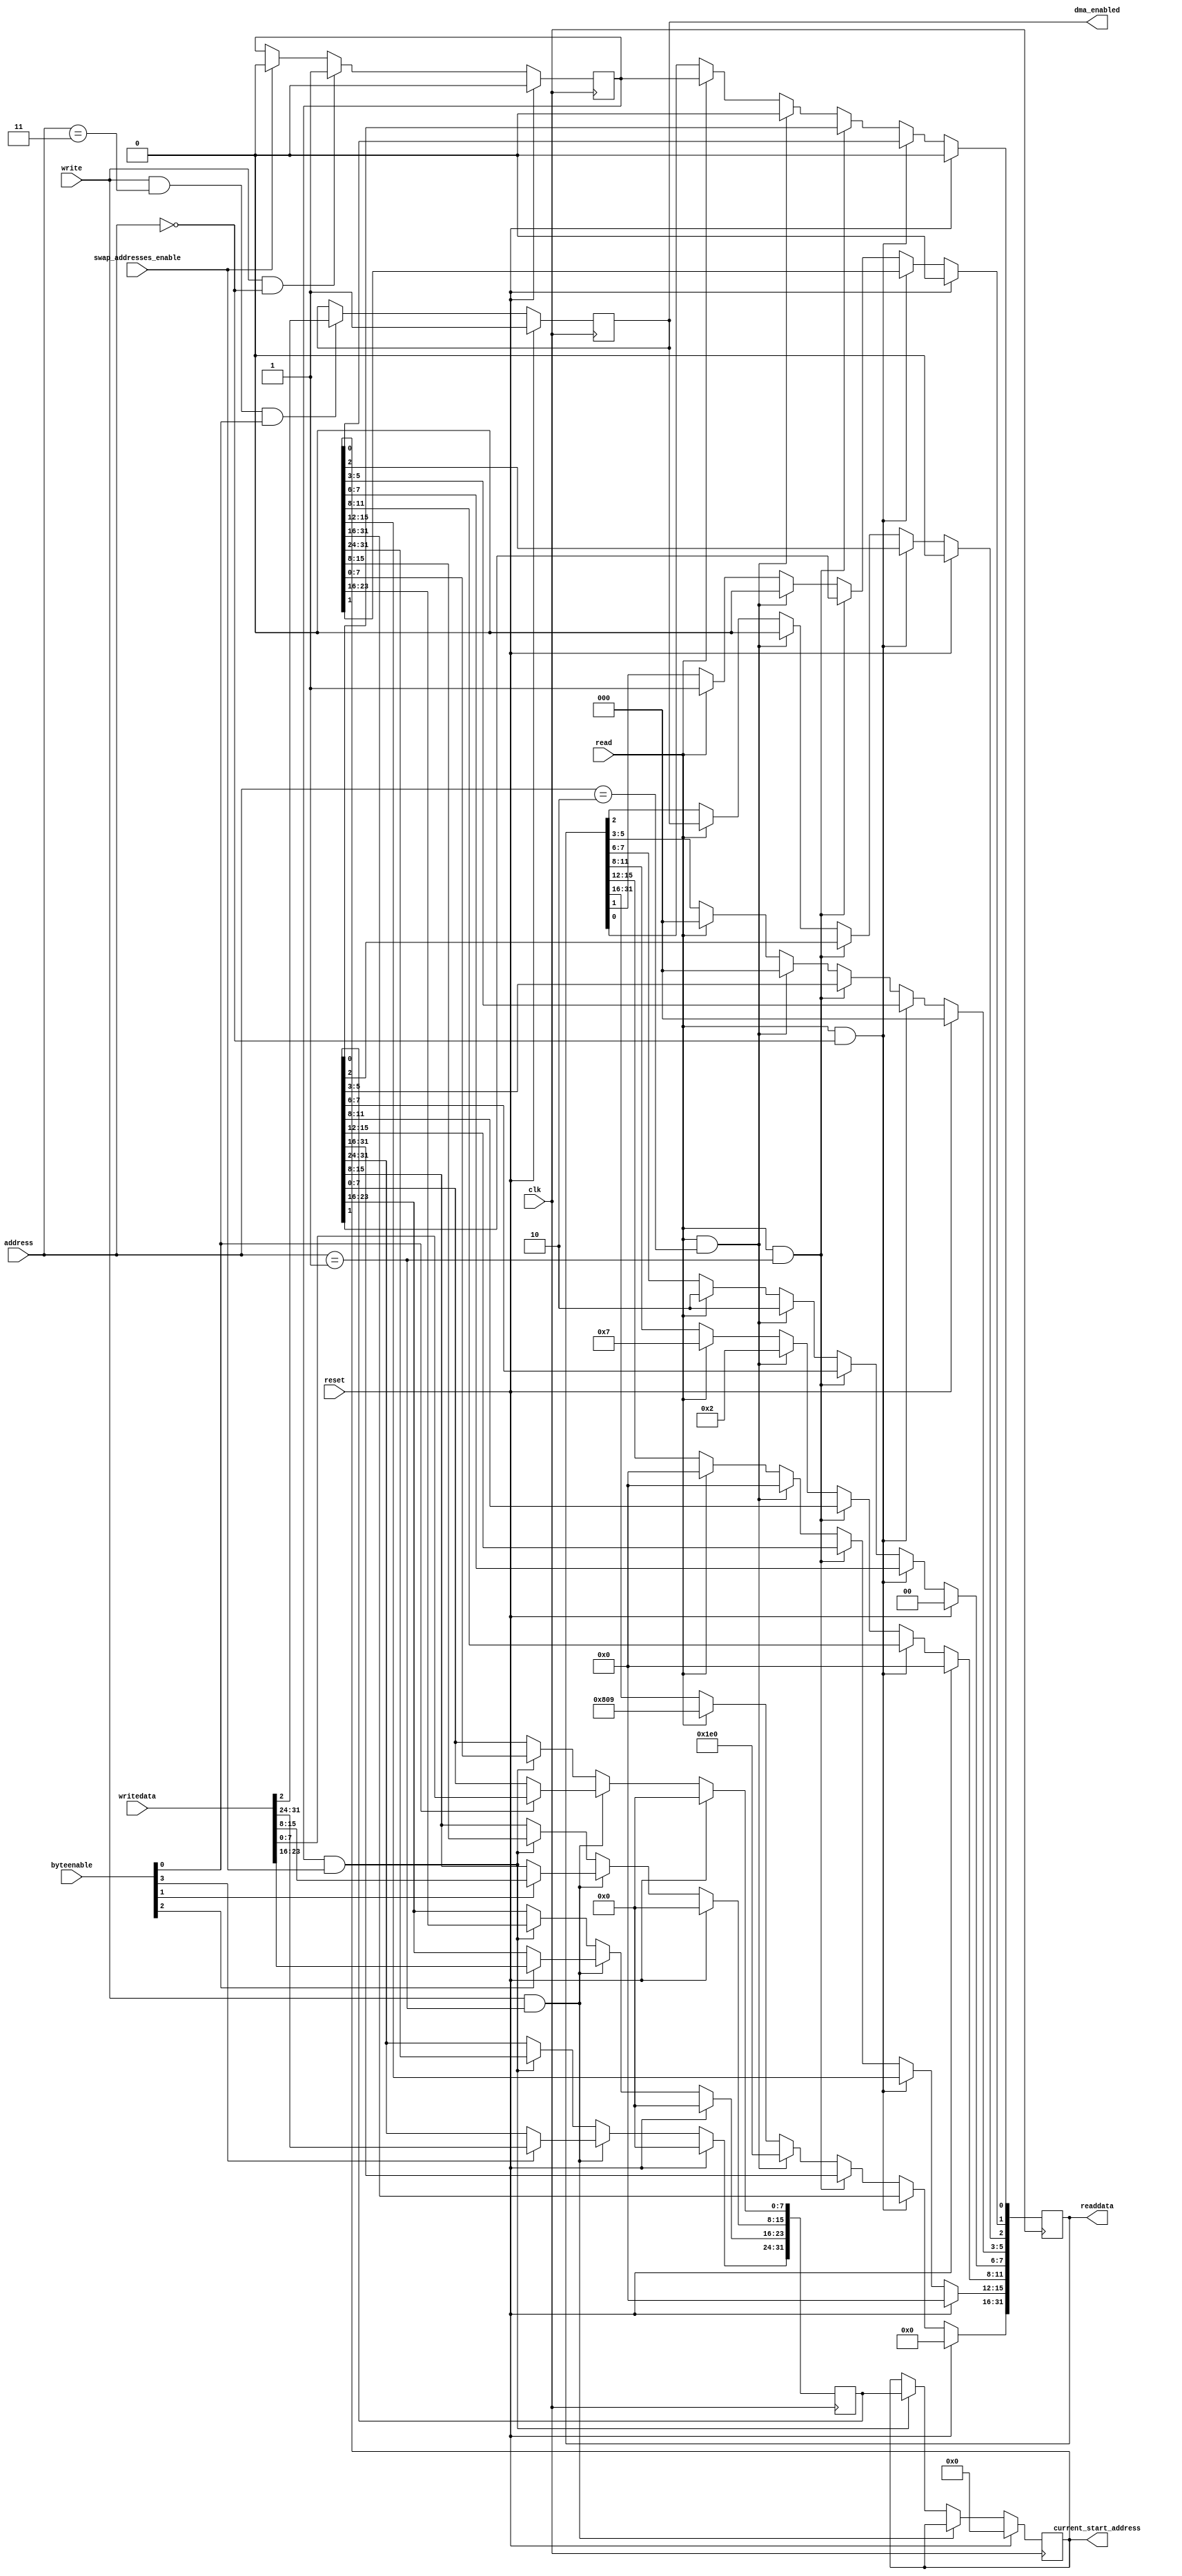
// (C) 2001-2022 Intel Corporation. All rights reserved.
// Your use of Intel Corporation's design tools, logic functions and other 
// software and tools, and its AMPP partner logic functions, and any output 
// files from any of the foregoing (including device programming or simulation 
// files), and any associated documentation or information are expressly subject 
// to the terms and conditions of the Intel Program License Subscription 
// Agreement, Intel FPGA IP License Agreement, or other applicable 
// license agreement, including, without limitation, that your use is for the 
// sole purpose of programming logic devices manufactured by Intel and sold by 
// Intel or its authorized distributors.  Please refer to the applicable 
// agreement for further details.


// THIS FILE IS PROVIDED "AS IS", WITHOUT WARRANTY OF ANY KIND, EXPRESS OR
// IMPLIED, INCLUDING BUT NOT LIMITED TO THE WARRANTIES OF MERCHANTABILITY,
// FITNESS FOR A PARTICULAR PURPOSE AND NONINFRINGEMENT. IN NO EVENT SHALL
// THE AUTHORS OR COPYRIGHT HOLDERS BE LIABLE FOR ANY CLAIM, DAMAGES OR OTHER
// LIABILITY, WHETHER IN AN ACTION OF CONTRACT, TORT OR OTHERWISE, ARISING
// FROM, OUT OF OR IN CONNECTION WITH THIS FILE OR THE USE OR OTHER DEALINGS
// IN THIS FILE.

module altera_up_video_dma_control_slave (
	// Inputs
	clk,
	reset,

	address,
	byteenable,
	read,
	write,
	writedata,

	swap_addresses_enable,

	// Bi-Directional

	// Outputs
	readdata,

	current_start_address,
	dma_enabled
);


/*****************************************************************************
 *                           Parameter Declarations                          *
 *****************************************************************************/

// Parameters
parameter DEFAULT_BUFFER_ADDRESS		= 32'h00000000;
parameter DEFAULT_BACK_BUF_ADDRESS	= 32'h00000000;

parameter WIDTH							= 640; // Frame's width in pixels
parameter HEIGHT							= 480; // Frame's height in lines

parameter ADDRESSING_BITS				= 16'h0809;
parameter COLOR_BITS						= 4'h7; // Bits per color plane minus 1 
parameter COLOR_PLANES					= 2'h2; // Color planes per pixel minus 1
parameter ADDRESSING_MODE				= 1'b1; // 0: X-Y or 1: Consecutive

parameter DEFAULT_DMA_ENABLED			= 1'b1; // 0: OFF or 1: ON

/*****************************************************************************
 *                             Port Declarations                             *
 *****************************************************************************/
// Inputs
input						clk;
input						reset;

input			[ 1: 0]	address;
input			[ 3: 0]	byteenable;
input						read;
input						write;
input			[31: 0]	writedata;

input						swap_addresses_enable;

// Bi-Directional

// Outputs
output reg	[31: 0]	readdata;

output		[31: 0]	current_start_address;
output reg				dma_enabled;


/*****************************************************************************
 *                           Constant Declarations                           *
 *****************************************************************************/


/*****************************************************************************
 *                 Internal Wires and Registers Declarations                 *
 *****************************************************************************/
// Internal Wires

// Internal Registers
reg			[31: 0]	buffer_start_address;
reg			[31: 0]	back_buf_start_address;

reg						buffer_swap;

// State Machine Registers

/*****************************************************************************
 *                         Finite State Machine(s)                           *
 *****************************************************************************/


/*****************************************************************************
 *                             Sequential Logic                              *
 *****************************************************************************/

// Output Registers
always @(posedge clk)
begin
	if (reset)
		readdata <= 32'h00000000;
   
	else if (read & (address == 2'h0))
		readdata <= buffer_start_address;
   
	else if (read & (address == 2'h1))
		readdata <= back_buf_start_address;
   
	else if (read & (address == 2'h2))
	begin
		readdata[31:16] <= HEIGHT;
		readdata[15: 0] <= WIDTH;
	end
   
	else if (read)
	begin
		readdata[31:16] <= ADDRESSING_BITS;
		readdata[15:12] <= 4'h0;
		readdata[11: 8] <= COLOR_BITS;
		readdata[ 7: 6] <= COLOR_PLANES;
		readdata[ 5: 3] <= 3'h0;
		readdata[    2] <= dma_enabled;
		readdata[    1] <= ADDRESSING_MODE;
		readdata[    0] <= buffer_swap;
	end
end

// Internal Registers
always @(posedge clk)
begin
	if (reset)
	begin
		buffer_start_address	<= DEFAULT_BUFFER_ADDRESS;
		back_buf_start_address	<= DEFAULT_BACK_BUF_ADDRESS;
	end
	else if (write & (address == 2'h1))
	begin
		if (byteenable[0])
			back_buf_start_address[ 7: 0] <= writedata[ 7: 0];
		if (byteenable[1])
			back_buf_start_address[15: 8] <= writedata[15: 8];
		if (byteenable[2])
			back_buf_start_address[23:16] <= writedata[23:16];
		if (byteenable[3])
			back_buf_start_address[31:24] <= writedata[31:24];
	end
	else if (buffer_swap & swap_addresses_enable)
	begin
		buffer_start_address <= back_buf_start_address;
		back_buf_start_address <= buffer_start_address;
	end
end

always @(posedge clk)
begin
	if (reset)
		buffer_swap <= 1'b0;
	else if (write & (address == 2'h0))
		buffer_swap <= 1'b1;
	else if (swap_addresses_enable)
		buffer_swap <= 1'b0;
end

always @(posedge clk)
begin
	if (reset)
		dma_enabled <= DEFAULT_DMA_ENABLED;
	else if (write & (address == 2'h3) & byteenable[0])
		dma_enabled <= writedata[2];
end

/*****************************************************************************
 *                            Combinational Logic                            *
 *****************************************************************************/

// Output Assignments
assign current_start_address	= buffer_start_address;

// Internal Assignments

/*****************************************************************************
 *                              Internal Modules                             *
 *****************************************************************************/


endmodule